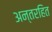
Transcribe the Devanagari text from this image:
अन्तरहित